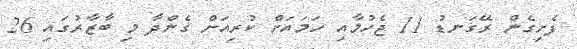
ފެށިގެން ރޭގަނޑު 11 ޖެހުމާއި ހަމައަށް ކުރިއަށް ގެންދާ މި ބާޒާރުގައި 26